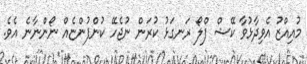
މުއިއްޒު އެވިދާޅުވާ ކޭޝް ފްލޯ ރަނގަޅު ކުރަން ނުޖެހޭ ކުންފުންޏެއް ނޯންނާނެ އެވެ.